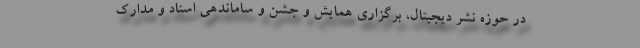
در حوزه نشر دیجیتال، برگزاری همایش و جشن و ساماندهی اسناد و مدارک